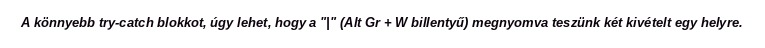
A könnyebb try-catch blokkot, úgy lehet, hogy a "|" (Alt Gr + W billentyű) megnyomva teszünk két kivételt egy helyre.